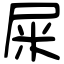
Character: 屎